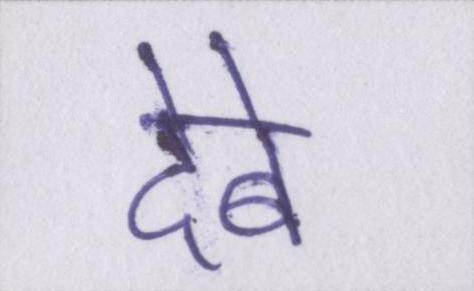
देबे